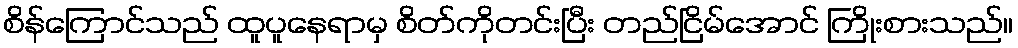
စိန်ကြောင်သည် ထူပူနေရာမှ စိတ်ကိုတင်းပြီး တည်ငြိမ်အောင် ကြိုးစားသည်။